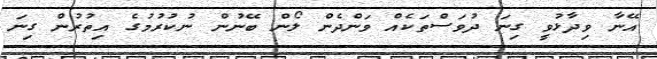
އޭނާ ވިދާޅުވީ ގިނަ ދުވަސްތަކެއް ވަންދެން ލޯން ބޭނުން ނުކުރުމުގެ އިތުރުން ގިނަ